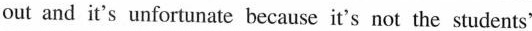
out and it's unfortunate because it's not the students'